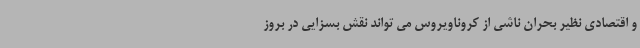
و اقتصادی نظیر بحران ناشی از کروناویروس می ‌تواند نقش بسزایی در بروز